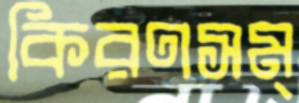
কিরণসম্